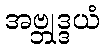
အဗ္ဘုဒ္ဒယံ